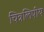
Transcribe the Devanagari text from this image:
चित्रलिपीय